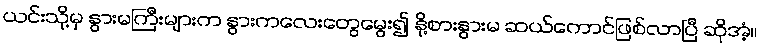
ယင်းသို့မှ နွားမကြီးများက နွားကလေးတွေမွေး၍ နို့စားနွားမ ဆယ်ကောင်ဖြစ်လာပြီ ဆိုအံ့။